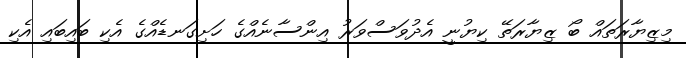
މިޒިޔާރަތައް ބޯ ޒިޔާރަތޭ ކިޔުނީ އެދުވަސްވަރު އިންސާނެއްގެ ހަށިގަނޑެއްގެ އެކި ބައިބައި އެކި